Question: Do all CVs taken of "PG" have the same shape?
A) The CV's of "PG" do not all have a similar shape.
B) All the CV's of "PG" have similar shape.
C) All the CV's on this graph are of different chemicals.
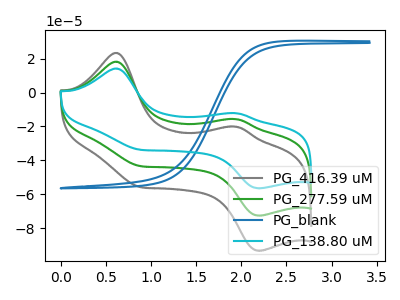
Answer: <think>The gray curve "PG_416.39 uM" has anodic peaks at (0.60V, 36.35uA) (1.95V, -31.35uA) and cathodic peaks at (0.85V, -86.40uA) (2.20V, -145.30uA). The green curve "PG_277.59 uM" has anodic peaks at (0.60V, 18.20uA) (1.95V, -15.65uA) and cathodic peaks at (0.85V, -43.20uA) (2.20V, -72.65uA). The blue curve "PG_blank" has no peaks. The cyan curve "PG_138.80 uM" has anodic peaks at (0.60V, 14.15uA) (1.95V, -12.20uA) and cathodic peaks at (0.85V, -33.60uA) (2.20V, -56.50uA).
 All the peaks in "PG_416.39 uM" have a peak in "PG_277.59 uM" at the same potential. "PG_416.39 uM" and "PG_blank" have a different number of peaks. All the peaks in "PG_416.39 uM" have a peak in "PG_138.80 uM" at the same potential. "PG_277.59 uM" and "PG_blank" have a different number of peaks. All the peaks in "PG_277.59 uM" have a peak in "PG_138.80 uM" at the same potential. "PG_blank" and "PG_138.80 uM" have a different number of peaks.</think>
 <answer>B) All the CV's of "PG" have similar shape.</answer>
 <eval>B</eval>